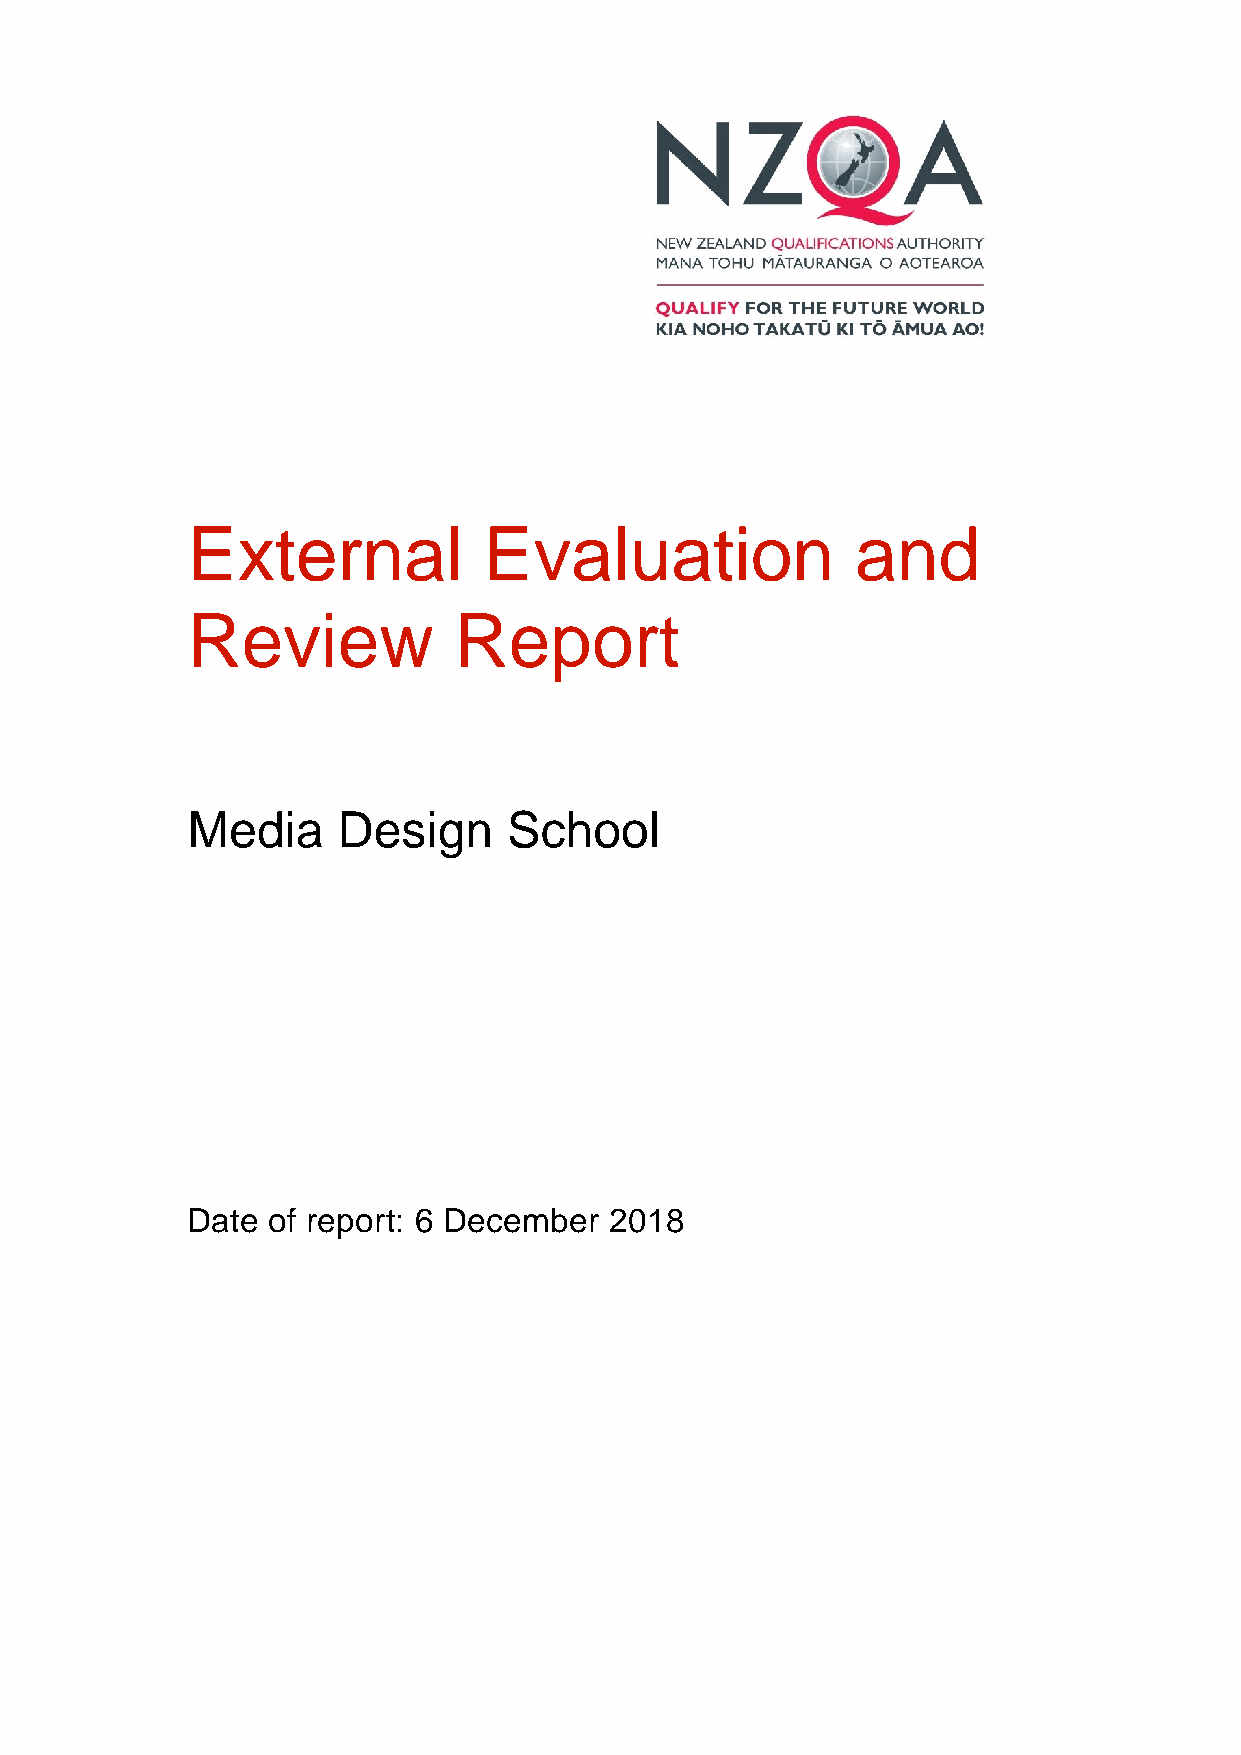
External            Evaluation               and
 Review            Report
 Media     Design      School
 Date  of report: 6 December 2018